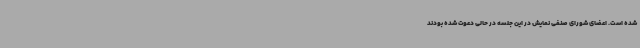
شده است. اعضای شورای صنفی نمایش در این جلسه در حالی دعوت شده‌ بودند